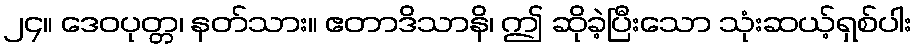
၂၄။ ဒေဝပုတ္တ၊ နတ်သား။ ဧတာဒိသာနိ၊ ဤ ဆိုခဲ့ပြီးသော သုံးဆယ့်ရှစ်ပါး